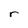
Character: r